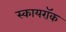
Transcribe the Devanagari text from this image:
स्कायरॉक